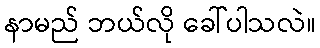
နာမည် ဘယ်လို ခေါ်ပါသလဲ။